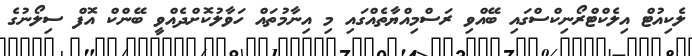
ލެކިއުޓް އިލެކްޓްރޯނިކްސްގައި ބޭއްވި ރަސްމިއްޔާތެއްގައި މި އިނާމުތައް ހަވާލުކޮށްދެއްވީ ބޭންކް އޮފް ސިލޯނުގެ